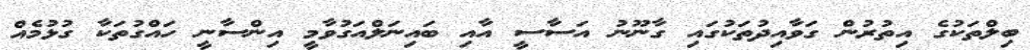
ބިލްތަކުގެ އިތުރުން ގަވާއިދުތަކުގައި ގާނޫނު އަސާސީ އާއި ބައިނަލްއަގުވާމީ އިންސާނީ ހައްގުތަކާ ގުޅުމެއް